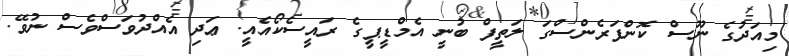
މިއަދުގެ ނޫސް ކޮންފަރެންސްގަ ލަތީފް ބުނީ އެމްޑީޕީގެ ރައީސެކޯއެއީ. ޢަދި އެއްދުވަސްވެސް ނުވޭ.